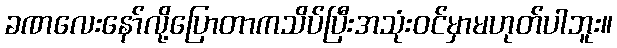
ခဏလေးနော်လို့ပြောတာကသိပ်ပြီးအသုံးဝင်မှာမဟုတ်ပါဘူး။